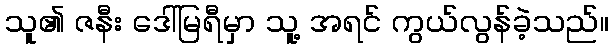
သူ၏ ဇနီး ဒေါ်မြရီမှာ သူ့ အရင် ကွယ်လွန်ခဲ့သည်။